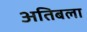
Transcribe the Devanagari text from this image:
अतिबला